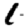
Digit: 1